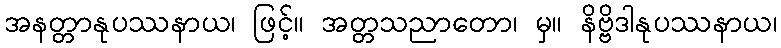
အနတ္တာနုပဿနာယ၊ ဖြင့်။ အတ္တသညာတော၊ မှ။ နိဗ္ဗိဒါနုပဿနာယ၊